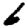
Digit: 6